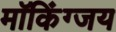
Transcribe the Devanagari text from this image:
मॉकिंग्जय